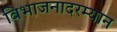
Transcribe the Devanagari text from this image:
विभाजनादरम्यान